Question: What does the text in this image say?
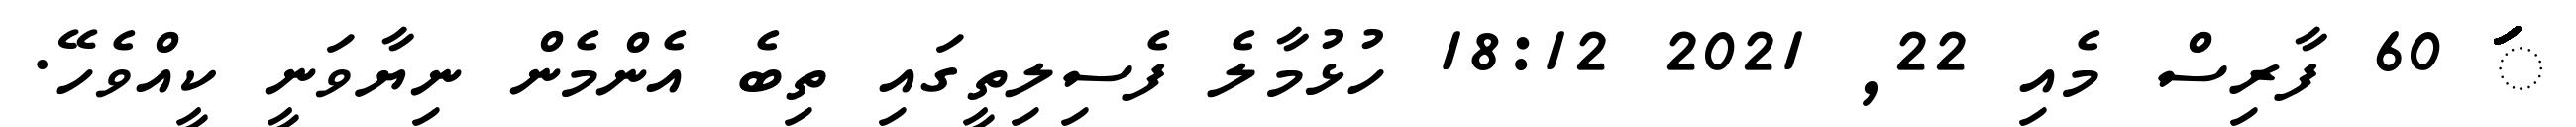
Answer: ަަަަަަަަަަަަަަަަަަަަަަަަަަަަަަަަަަަަަަަަަަަަަަަަަަަަަަަަަަ 60 ފާރިސް މެއި 22, 2021 18:12 ހުޅުމާލެ ފެސިލިތީގައި ތިބެ އެންމެން ނިޔާވަނީ ކީއްވެހޭ.